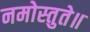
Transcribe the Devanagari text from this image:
नमोस्तुते॥